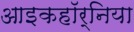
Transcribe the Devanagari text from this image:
आइकहॉर्निया